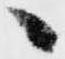
へ